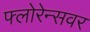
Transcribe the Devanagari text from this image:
फ्लोरेन्सवर